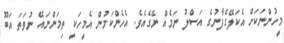
މީހުންނަކަށް އެކަލޭގެފާނުގެ އަސްލު ނަމެއް ނޭގެއެވެ. އެހެންކަމުން އެމީހަކީ ތިމަންނައޭ ނުވަތަ އަބޫ